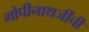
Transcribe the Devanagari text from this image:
गोपीनाथजींची